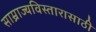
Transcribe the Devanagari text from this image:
साम्राज्यविस्तारासाठी